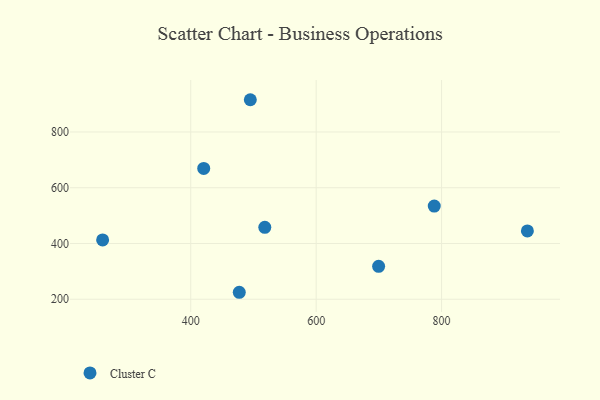
{"axis": {"x": "Investment", "y": "Demand"}, "legend": ["Cluster C"], "data": [{"x": "518.1", "y": 458.0, "type": "Cluster C"}, {"x": "788.3", "y": 534.3, "type": "Cluster C"}, {"x": "420.7", "y": 669.3, "type": "Cluster C"}, {"x": "699.6", "y": 318.1, "type": "Cluster C"}, {"x": "495.0", "y": 915.7, "type": "Cluster C"}, {"x": "477.4", "y": 225.0, "type": "Cluster C"}, {"x": "936.8", "y": 445.1, "type": "Cluster C"}, {"x": "259.5", "y": 412.9, "type": "Cluster C"}]}